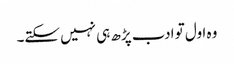
وہ اول تو ادب پڑھ ہی نہیں سکتے۔